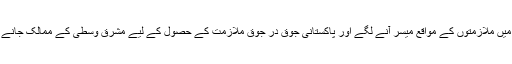
1970ء کی دہائی میں جب پاکستانی ہنرمندوں، محنت کشوں اور تعلیم یافتہ افراد کو مشرق وسطیٰ کے ممالک میں ملازمتوں کے مواقع میسر آنے لگے اور پاکستانی جوق در جوق ملازمت کے حصول کے لیے مشرقِ وسطیٰ کے ممالک جانے لگے تو اس موقع کا فائدہ اٹھانے کی غرض سے ملباریوں نے بھی کراچی سے اپنا چائے کا کاروبار سمیٹ لیا۔